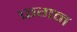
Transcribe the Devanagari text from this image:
फगन